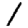
Digit: 1